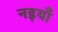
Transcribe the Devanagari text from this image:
नइयाँ